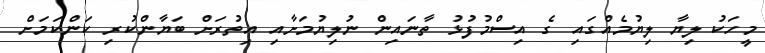
މީހަކު ލިޔާ ލިޔުމެއްގައި ގެ އިސްމުފުޅު ތާނައިން ނުލިޔުމަށާއި އިތުރަށް ބަޔާންކުރި ކަންކަމަށް